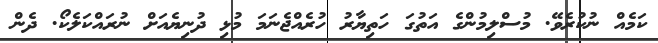
ކަމެއް ނުކުރެވޭ. މުސްލިމުންގެ އަތުގަ ހަތިޔާރު ހުރެއްޖެނަމަ މުޅި ދުނިޔެއަށް ނުރައްކަލެކޯ. ދެން